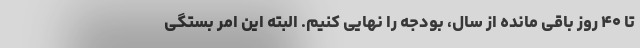
تا ۴۰ روز باقی مانده از سال، بودجه را نهایی کنیم. البته این امر بستگی